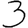
Digit: 3